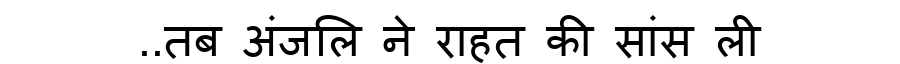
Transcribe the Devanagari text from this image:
..तब अंजलि ने राहत की सांस ली